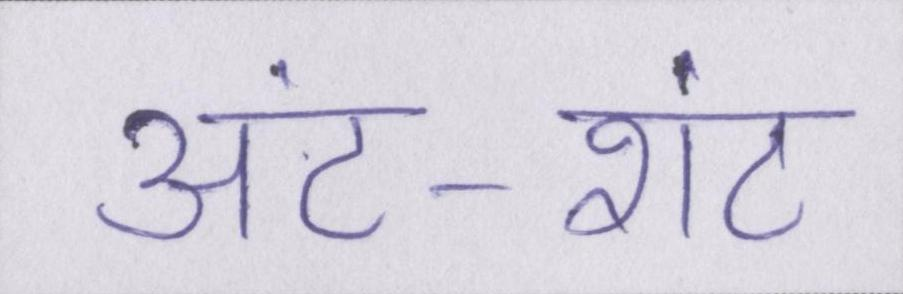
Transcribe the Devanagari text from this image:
अंट-शंट